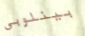
بينلوبي